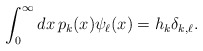
\begin{align*}\int_0^\infty dx\, p_k(x)\psi_\ell(x)=h_k\delta_{k,\ell}.\end{align*}